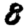
Digit: 8